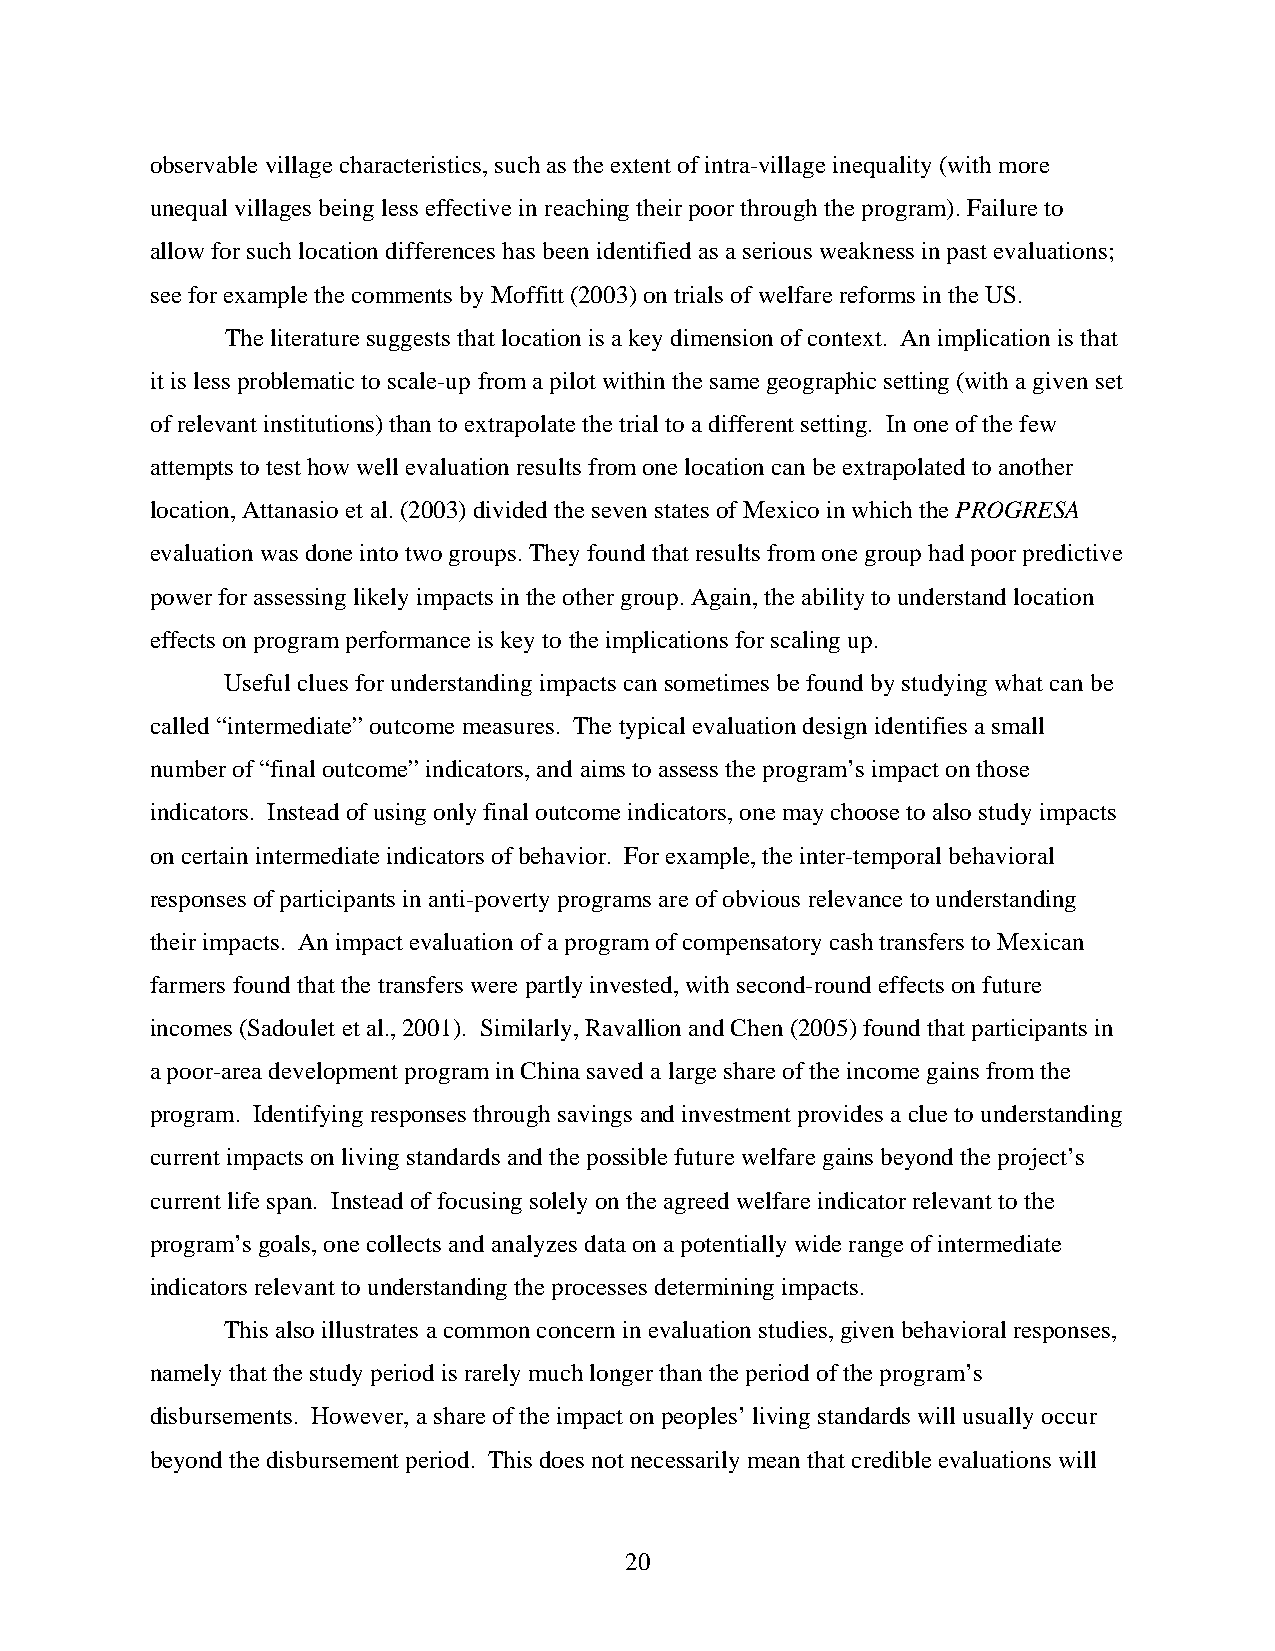
observable village characteristics, such as the extent of intra-village inequality (with more
 unequal villages being less effective in reaching their poor through the program). Failure to
 allow for such location differences has been identified as a serious weakness in past evaluations;
 see for example the comments by Moffitt (2003) on trials of welfare reforms in the US.
 The literature suggests that location is a key dimension of context. An implication is that
 it is less problematic to scale-up from a pilot within the same geographic setting (with a given set
 of relevant institutions) than to extrapolate the trial to a different setting. In one of the few
 attempts to test how well evaluation results from one location can be extrapolated to another
 location, Attanasio et al. (2003) divided the seven states of Mexico in which the PROGRESA
 evaluation was done into two groups. They found that results from one group had poor predictive
 power for assessing likely impacts in the other group. Again, the ability to understand location
 effects on program performance is key to the implications for scaling up.
 Useful clues for understanding impacts can sometimes be found by studying what can be
 called “intermediate” outcome measures. The typical evaluation design identifies a small
 number of “final outcome” indicators, and aims to assess the program’s impact on those
 indicators. Instead of using only final outcome indicators, one may choose to also study impacts
 on certain intermediate indicators of behavior. For example, the inter-temporal behavioral
 responses of participants in anti-poverty programs are of obvious relevance to understanding
 their impacts. An impact evaluation of a program of compensatory cash transfers to Mexican
 farmers found that the transfers were partly invested, with second-round effects on future
 incomes (Sadoulet et al., 2001). Similarly, Ravallion and Chen (2005) found that participants in
 a poor-area development program in China saved a large share of the income gains from the
 program. Identifying responses through savings and investment provides a clue to understanding
 current impacts on living standards and the possible future welfare gains beyond the project’s
 current life span. Instead of focusing solely on the agreed welfare indicator relevant to the
 program’s goals, one collects and analyzes data on a potentially wide range of intermediate
 indicators relevant to understanding the processes determining impacts.
 This also illustrates a common concern in evaluation studies, given behavioral responses,
 namely that the study period is rarely much longer than the period of the program’s
 disbursements. However, a share of the impact on peoples’ living standards will usually occur
 beyond the disbursement period. This does not necessarily mean that credible evaluations will
 20